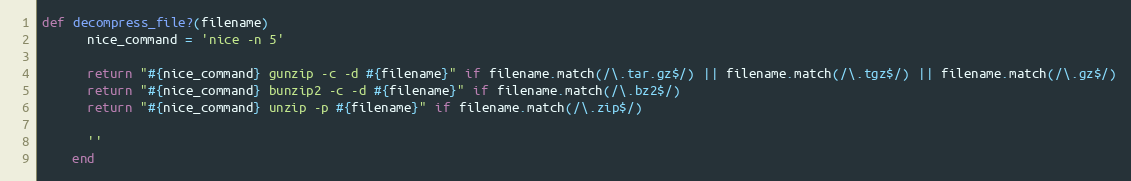
Language: Ruby
def decompress_file?(filename)
      nice_command = 'nice -n 5'

      return "#{nice_command} gunzip -c -d #{filename}" if filename.match(/\.tar.gz$/) || filename.match(/\.tgz$/) || filename.match(/\.gz$/)
      return "#{nice_command} bunzip2 -c -d #{filename}" if filename.match(/\.bz2$/)
      return "#{nice_command} unzip -p #{filename}" if filename.match(/\.zip$/)

      ''
    end